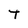
Character: t